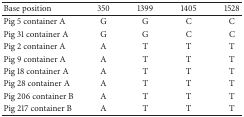
| Base position | 350 | 1399 | 1405 | 1528 |
 | --- | --- | --- | --- | --- |
 | Pig 5 container A | G | G | C | C |
 | Pig 31 container A | G | G | C | C |
 | Pig 2 container A | A | T | T | T |
 | Pig 9 container A | A | T | T | T |
 | Pig 18 container A | A | T | T | T |
 | Pig 28 container A | A | T | T | T |
 | Pig 206 container B | A | T | T | T |
 | Pig 217 container B | A | T | T | T |